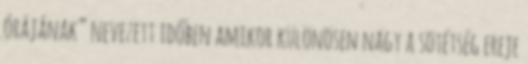
órájának” nevezett időben amikor különösen nagy a sötétség ereje